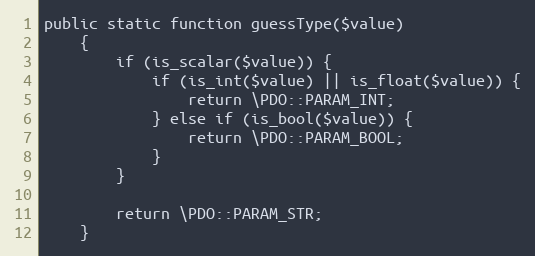
Language: PHP
public static function guessType($value)
    {
        if (is_scalar($value)) {
            if (is_int($value) || is_float($value)) {
                return \PDO::PARAM_INT;
            } else if (is_bool($value)) {
                return \PDO::PARAM_BOOL;
            }
        }

        return \PDO::PARAM_STR;
    }